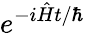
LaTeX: e^{-i{\hat{H}}t/\hbar}